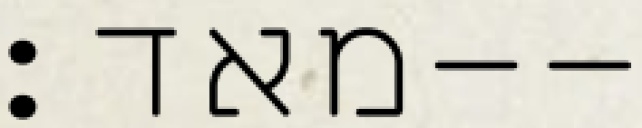
מאד׃--